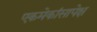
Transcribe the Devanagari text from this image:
एकमेकांसापेक्ष